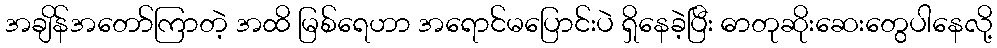
အချိန်အတော်ကြာတဲ့ အထိ မြစ်ရေဟာ အရောင်မပြောင်းပဲ ရှိနေခဲ့ပြီး ဓာတုဆိုးဆေးတွေပါနေလို့